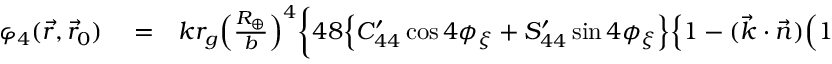
\begin{array} { r l r } { \varphi _ { 4 } ( \vec { r } , \vec { r } _ { 0 } ) } & { { } = } & { k r _ { g } \Big ( \frac { R _ { \oplus } } { b } \Big ) ^ { 4 } \bigg \{ 4 8 \Big \{ C _ { 4 4 } ^ { \prime } \cos 4 \phi _ { \xi } + S _ { 4 4 } ^ { \prime } \sin 4 \phi _ { \xi } \Big \} \Big \{ 1 - ( \vec { k } \cdot \vec { n } ) \Big ( 1 + { \textstyle \frac { 1 } { 2 } } \frac { b ^ { 2 } } { r ^ { 2 } } + { \textstyle \frac { 3 } { 8 } } \frac { b ^ { 4 } } { r ^ { 4 } } + { \textstyle \frac { 5 } { 1 6 } } \frac { b ^ { 6 } } { r ^ { 6 } } \Big ) \Big \} - } \end{array}